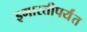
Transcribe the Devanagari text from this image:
इमारतीपर्यंत